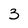
Character: 3